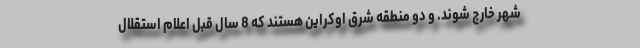
شهر خارج شوند. و دو منطقه شرق اوکراین هستند که 8 سال قبل اعلام استقلال